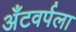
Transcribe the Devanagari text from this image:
अँटवर्पला